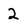
Character: 2